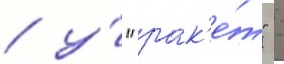
/ у́ "рак'е́т" -